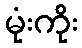
မုံးကိုး